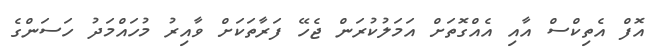
އޮފް އެތިކްސް އާއި އެއްގޮތަށް އަމަލުކުރަން ޖެހޭ ފަރާތަކަށް ވާއިރު މުހައްމަދު ހަސަންގެ